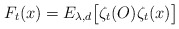
\begin{align*}F_t(x)=E_{\lambda ,d}\big[\zeta_t(O)\zeta_t(x)\big]\end{align*}